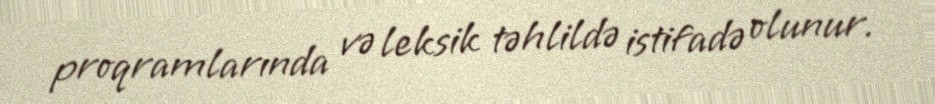
proqramlarında və leksik təhlildə istifadə olunur.